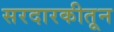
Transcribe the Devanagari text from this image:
सरदारकीतून